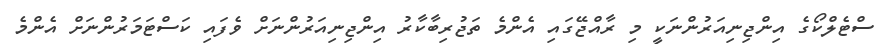
ސްޓެލްކޯގެ އިންޖިނިއަރުންނަކީ މި ރާއްޖޭގައި އެންމެ ތަޖުރިބާކާރު އިންޖިނިއަރުންނަށް ވެފައި ކަސްޓަމަރުންނަށް އެންމެ